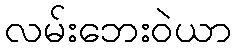
လမ်းဘေးဝဲယာ